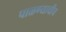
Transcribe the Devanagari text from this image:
पाळण्याचीच